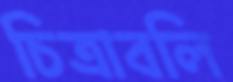
চিত্রাবলি